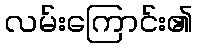
လမ်းကြောင်း၏